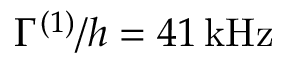
\Gamma ^ { ( 1 ) } / h = 4 1 \, \mathrm { { k H z } }